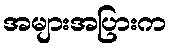
အများအပြားက